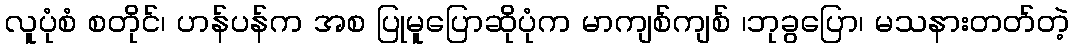
လူပုံစံ စတိုင်၊ ဟန်ပန်က အစ ပြုမူပြောဆိုပုံက မာကျစ်ကျစ် ၊ဘုခွပြော၊ မသနားတတ်တဲ့